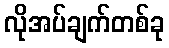
လိုအပ်ချက်တစ်ခု